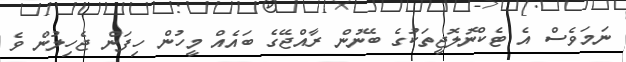
ނަމަވެސް އެ ޓެކްނޮލޮޖީތަކުގެ ބޭނުން ރާއްޖޭގެ ބައެއް މީހުން ހިފަން ޖެހިލުން ވެ